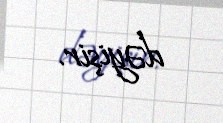
dəyişir.